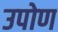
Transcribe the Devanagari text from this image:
उपोण